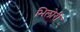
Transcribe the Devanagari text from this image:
भिलोरी